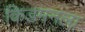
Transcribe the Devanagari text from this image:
किडमनला